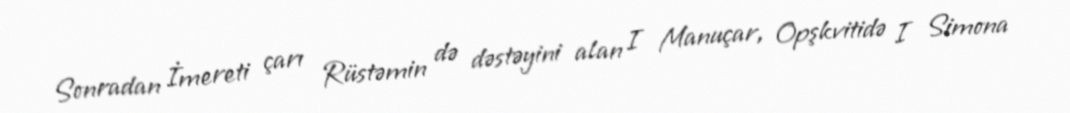
Sonradan İmereti çarı Rüstəmin də dəstəyini alan I Manuçar, Opşkvitidə I Simona